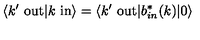
\langle k ^ { \prime } \ \mathrm { o u t } | k \ \mathrm { i n } \rangle = \langle k ^ { \prime } \ \mathrm { o u t } | b _ { i n } ^ { * } ( k ) | 0 \rangle